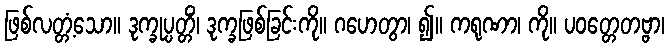
ဖြစ်လတ္တံ့သော။ ဒုက္ခုပ္ပတ္တိံ၊ ဒုက္ခဖြစ်ခြင်းကို။ ဂဟေတွာ၊ ၍။ ကရုဏာ၊ ကို။ ပဝတ္တေတဗ္ဗာ၊